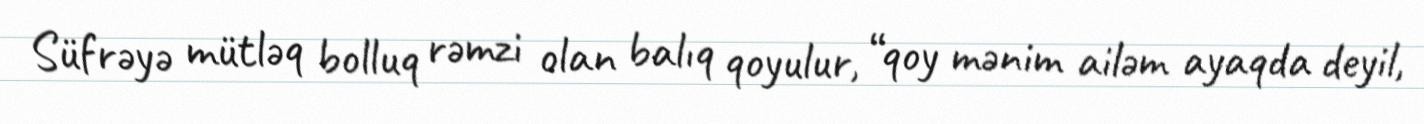
Süfrəyə mütləq bolluq rəmzi olan balıq qoyulur, “qoy mənim ailəm ayaqda deyil,